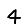
Digit: 4